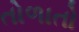
તોળાતો